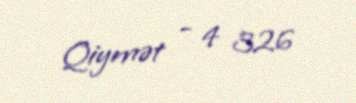
Qiymət - 4 326